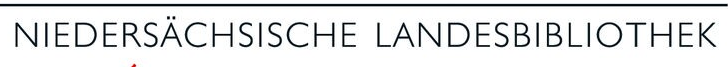
NIEDERSÄCHSISCHE LANDESBIBLIOTHEK